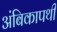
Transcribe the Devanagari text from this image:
अंबिकापथी